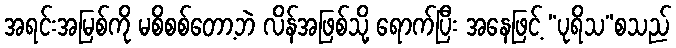
အရင်းအမြစ်ကို မစိစစ်တော့ဘဲ လိန်အဖြစ်သို့ ရောက်ပြီး အနေဖြင့် “ပုရိသ”စသည်